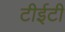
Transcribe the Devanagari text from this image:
टीईटी